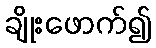
ချိုးဖောက်၍